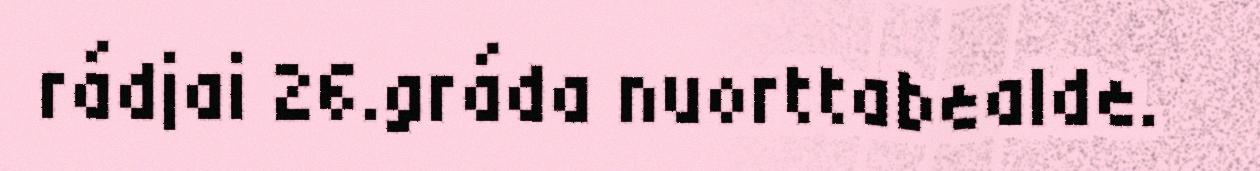
rádjai 26.gráda nuorttabealde.